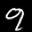
Label: 9